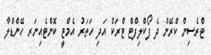
ޓްރެސިން ކްރޭން ދެ ފޯކްލިފްޓް ޓްރަކް އަދި ހަތަރު އެމްޓީ ކޮންޓެއިނަރ ހޭންޑްލާ